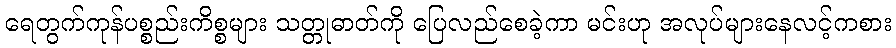
ရေတွက်ကုန်ပစ္စည်းကိစ္စများ သတ္တုဓာတ်ကို ပြေလည်စေခဲ့ကာ မင်းဟု အလုပ်များနေလင့်ကစား